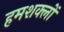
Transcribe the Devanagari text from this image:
हमशक्लों